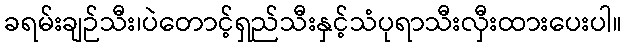
ခရမ်းချဉ်သီး၊ပဲတောင့်ရှည်သီးနှင့်သံပုရာသီးလှီးထားပေးပါ။